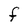
Character: F